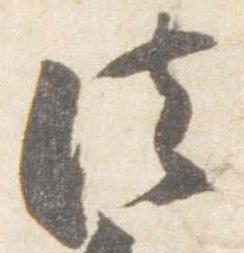
法